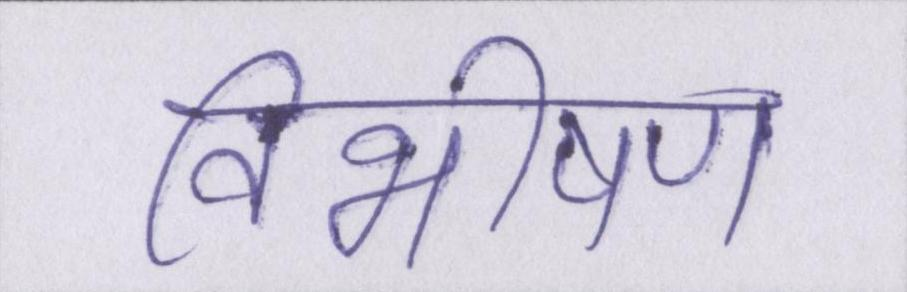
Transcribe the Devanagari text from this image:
विभीषण